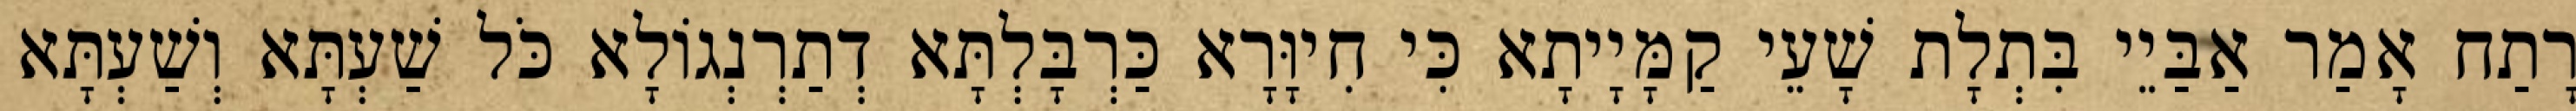
רָתַח אָמַר אַבַּיֵי בִּתְלָת שָׁעֵי קַמָּיָיתָא כִּי חִיוָּרָא כַּרְבָּלְתָּא דְתַרְנְגוֹלָא כֹּל שַׁעְתָּא וְשַׁעְתָּא